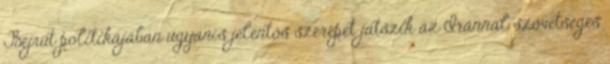
Bejrút politikájában ugyanis jelentős szerepet játszik az Iránnal szövetséges